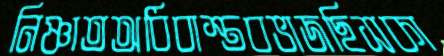
নিষ্ণাতঅধিবাস্তবভাজছিসকা